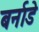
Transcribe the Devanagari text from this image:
बर्नाडे